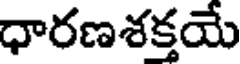
ధారణశక్తయే